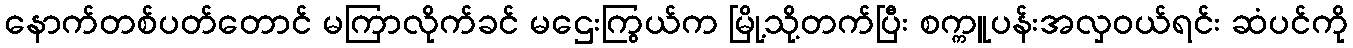
နောက်တစ်ပတ်တောင် မကြာလိုက်ခင် မဌေးကြွယ်က မြို့သို့တက်ပြီး စက္ကူပန်းအလှဝယ်ရင်း ဆံပင်ကို